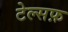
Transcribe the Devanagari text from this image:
टेल्सफ़